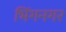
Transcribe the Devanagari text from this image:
भिंगनगर